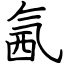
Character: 氥